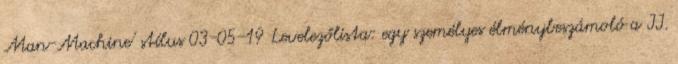
Man-Machine' stílus 03-05-19 Levelezőlista: egy személyes élménybeszámoló a II.